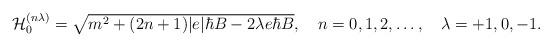
LaTeX: \begin{align*} \begin{array}{c}{\cal H}_0^{(n\lambda)}=\sqrt{m^2+(2n+1)|e|\hbar B-2\lambda e\hbar B}, ~~~n=0,1,2,\dots,~~~ \lambda=+1,0,-1.\end{array} \end{align*}